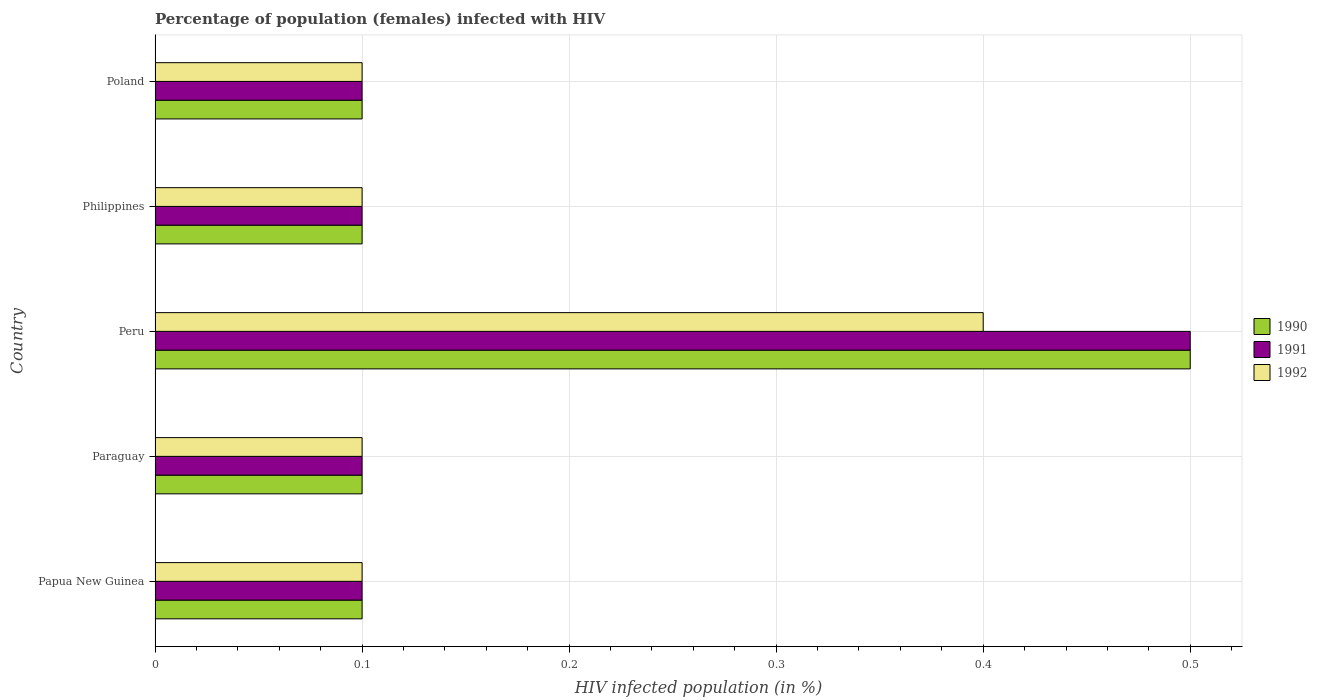
| Country | 1990 | 1991 | 1992 |
 | --- | --- | --- | --- |
 | Papua New Guinea | 0.1 | 0.1 | 0.1 |
 | Paraguay | 0.1 | 0.1 | 0.1 |
 | Peru | 0.5 | 0.5 | 0.4 |
 | Philippines | 0.1 | 0.1 | 0.1 |
 | Poland | 0.1 | 0.1 | 0.1 |